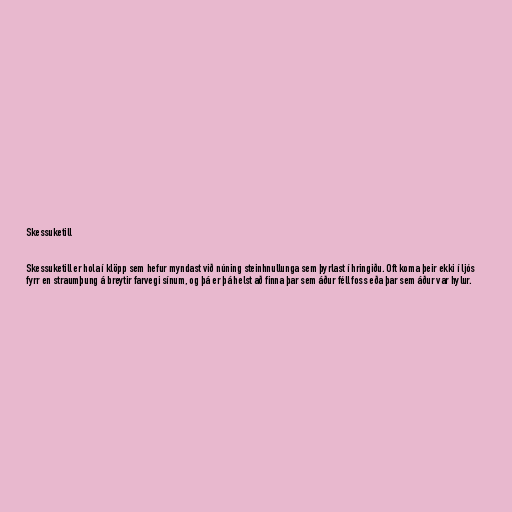
Skessuketill

Skessuketill er hola í klöpp sem hefur myndast við núning steinhnullunga sem þyrlast í hringiðu. Oft koma þeir ekki í ljós
fyrr en straumþung á breytir farvegi sínum, og þá er þá helst að finna þar sem áður féll foss eða þar sem áður var hylur.